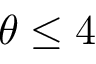
\theta \leq 4